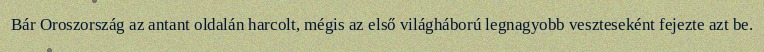
Bár Oroszország az antant oldalán harcolt, mégis az első világháború legnagyobb veszteseként fejezte azt be.